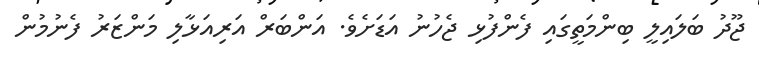
ޖޫދު ބަލައިލީ ބިންމަތީގައި ފެންފުޅި ޖެހުނު އަޑަށެވެ. އަންބަރް އަރިއަޅާލި މަންޒަރު ފެނުމުން